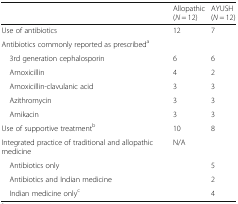
|  | Allopathic (N = 12) | AYUSH (N = 12) |
 | --- | --- | --- |
 | Use of antibiotics | 12 | 7 |
 | <COLSPAN=3> Antibiotics commonly reported as prescribeda |
 | 3rd generation cephalosporin | 6 | 6 |
 | Amoxicillin | 4 | 2 |
 | Amoxicillin-clavulanic acid | 3 | 3 |
 | Azithromycin | 3 | 3 |
 | Amikacin | 3 | 3 |
 | Use of supportive treatmentb | 10 | 8 |
 | Integrated practice of traditional and allopathic medicine | N/A |  |
 | Antibiotics only |  | 5 |
 | Antibiotics and Indian medicine |  | 2 |
 | Indian medicine onlyc |  | 4 |